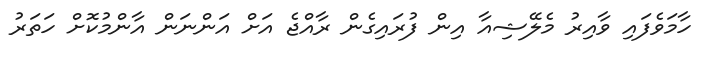
ހާމަވެފައި ވާއިރު މެލޭޝިއާ އިން ފުރައިގެން ރާއްޖެ އަށް އަންނަން އާންމުކޮށް ހަތަރު